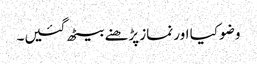
وضو کیا اور نماز پڑھنے بیٹھ گئیں۔